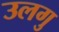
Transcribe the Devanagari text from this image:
उलगु